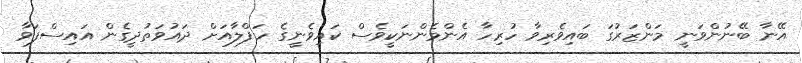
އޭނާ ބޭނުންވަނީ މަންޒަރުގަ ބައިވެރިވާ ހުރިހާ އެންމެންނަކީވެސް ކައިވެނީގެ ހަފްލާއަށް ދައުވަތުދީގެން އައިސްފަވާ